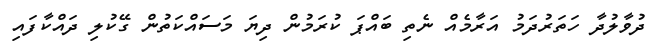
ދުވާލުދާ ހަތަރުދަމު އަރާމެއް ނެތި ބައްޕަ ކުރަމުން ދިޔަ މަސައްކަތުން ގޭކުލި ދައްކާފައި